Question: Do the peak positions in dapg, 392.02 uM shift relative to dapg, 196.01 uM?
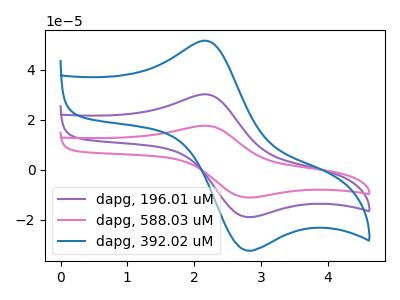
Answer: <think>The purple curve "dapg, 196.01 uM" has an anodic peak at (2.15V, 30.20uA) and a cathodic peak at (2.75V, -18.70uA). The pink curve "dapg, 588.03 uM" has an anodic peak at (2.15V, 60.40uA) and a cathodic peak at (2.75V, -37.40uA). The blue curve "dapg, 392.02 uM" has an anodic peak at (2.15V, 51.65uA) and a cathodic peak at (2.75V, -31.95uA).
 All the peaks in "dapg, 392.02 uM" have a peak in "dapg, 196.01 uM" at the same potential. Every peak in "dapg, 392.02 uM" is higher than every peak in "dapg, 196.01 uM".</think>
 <answer>No, "dapg, 392.02 uM" and "dapg, 196.01 uM" don't appear to be significantly different in shape</answer>
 <eval>no_change</eval>